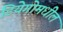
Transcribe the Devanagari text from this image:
डियेगोमधील